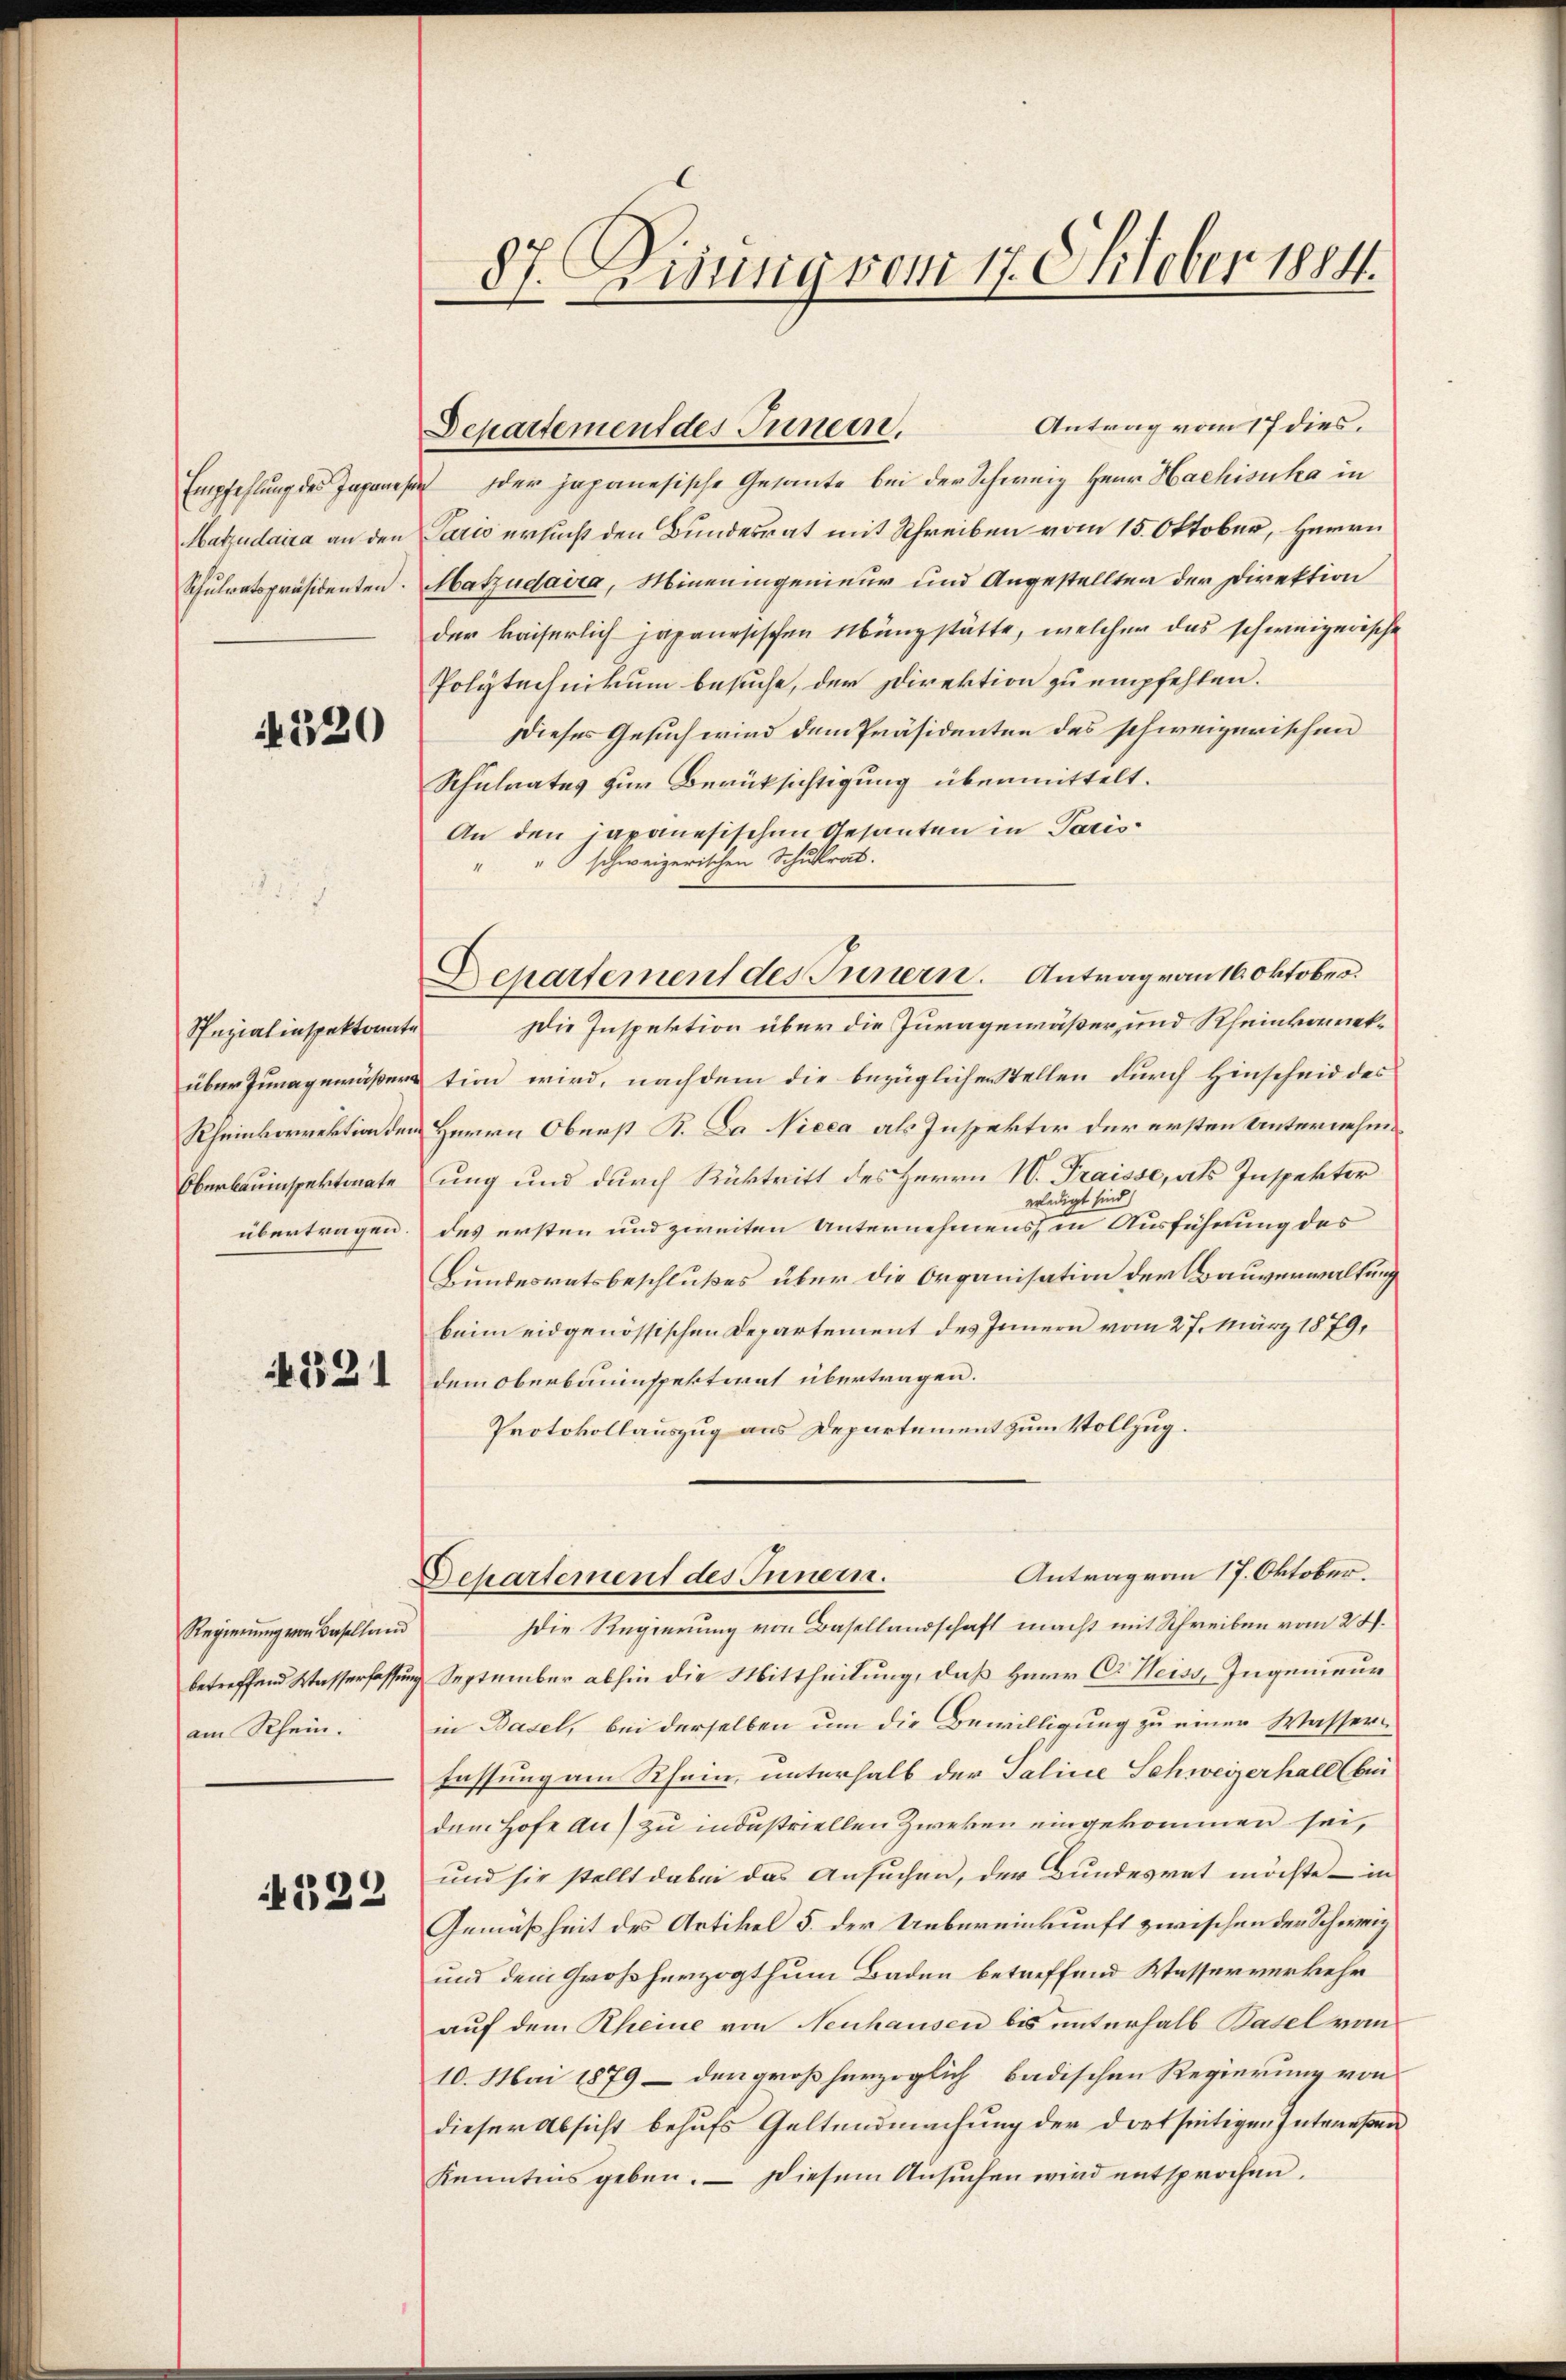
Empfehlung des Japanese
Matzudaira an den
Schulratspräsidenten.

4330

Spezialinspektorate
über Junagemäßer
Rheinkorrektion den
Oberbauinspektorate
übertragen.

121

Regierŭng von Baselland
betreffend Wasserfassung
am Rhein.

4329

87. Disung vom 17. Oktober 1884.

Antrag vom 17 dies.
2 der japanesische Gesante bei der Schweiz Herr Hachisuka in
Paris ersucht den Bundesrat mit Schreiben vom 15. Oktober, Herrn
Matzudaira, Mineningenieur und Angestellten der Direktion
der kaiserlich japanesischen Übungstätte, welcher das schweizerische
Polytechnikum besuche, der Direktion zu empfehlen.
Dieses Gesuch wird dem Präsidenten des schweizerischen
Schulrates zur Berücksichtigung übermittelt.
An den japanesischen Gesanten in Paris
"" schweizerischen Schulrat.
Die Inspektion über die Juragewäßer und Rheinkorrektion wird, nachdem die bezüglichen Stellen durch Hinscheid des
Herrn Oberst K. La Nicca als Inspektor der ersten Unternehme
ung und durch Rücktritt des Herrn W. Traisse, als Inspektor
erledigt sein
des ersten und zweiten Unternehmens in Ausführung des
Bundesratsbeschlußes über die Organisation der Bauverwaltung
beim eidgenössischen Departement des Innern vom 27. März 1879,
dem Oberbauinspektirat übertragen.
Protokollauszug aus Departement zum Vollzug.
Antrag von 17. Oktober.
Separtement des Innern.
Die Regierung von Basellandschaft macht mit Schreiben vom 22.
September abhin die Mittheilung, daß Herr C. Heiss, Ingenieur
in Basel, bei derselben um die Bewilligung zu einer Wasser-
fassung am Rhein, unterhalb der Taline Schweizerhall (bei
dem Hofe au) zu industriellen Zweken eingekommen sei,
und sie stellt dabei das Ansuchen, der Bundesrat möchte – in
Gemäßheit des Artikel 5. der Uebereinkunft zwischen der Schweiz
und dem Großherzogthum Baden betreffend Wasserverkehr
auf dem Rheine von Neuhausen bis unterhalb Basel vom
10. Mai 1879 – der großherzoglich badischen Regierung von
dieser Absicht behufs Geltendmachung der dortseitigen Intereßen
Kenntnis geben. — Diesem Ansuchen wird entsprochen.

Departement des Innern.

Departement des Innern. Antrage an 16. Oktober